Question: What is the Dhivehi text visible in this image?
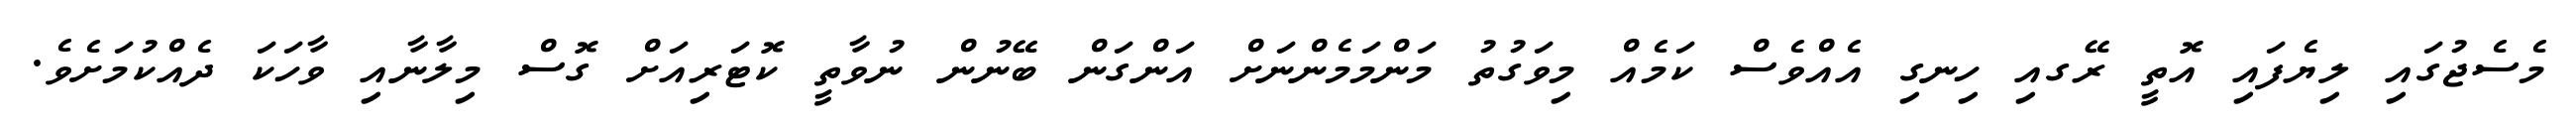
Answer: މެސެޖުގައި ލިޔެފައި އޮތީ ރޭގއި ހިނގި އެއްވެސް ކަމެއް މިވަގުތު މަންމަމެންނަށް އަންގަން ބޭނުން ނުވާތީ ކޮޓަރިއަށް ގޮސް މިލާނާއި ވާހަކަ ދެއްކުމަށެވެ.